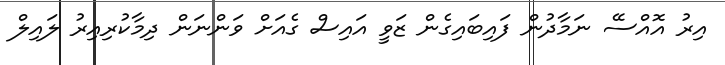
އިރު އޮއްސޭ ނަމާދުން ފައިބައިގެން ޒަވީ އައިސް ގެއަށް ވަންނަން ދިމާކުރިއިރު ލައިލް